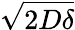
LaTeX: \sqrt{2D\delta}